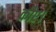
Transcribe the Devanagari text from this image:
कौए।